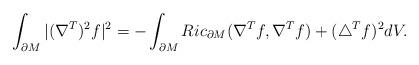
LaTeX: \begin{align*}\int_{\partial M} |(\nabla^T)^2 f|^2=-\int_{\partial M}Ric_{\partial M}(\nabla^T f,\nabla^T f)+(\triangle^T f)^2dV.\end{align*}